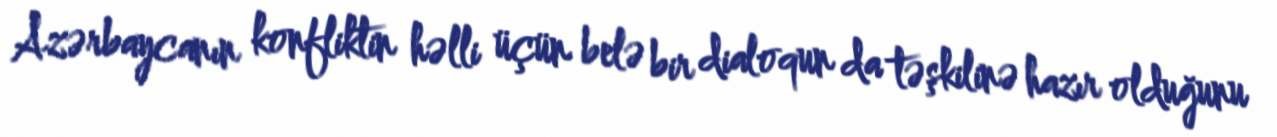
Azərbaycanın konfliktin həlli üçün belə bir dialoqun da təşkilinə hazır olduğunu